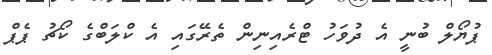
ޕުޔޯލް ބުނީ އެ ދުވަހު ޓްރެއިނިން ތެރޭގައި އެ ކްލަބްގެ ކޯޗު ޕެޕް